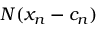
N ( x _ { n } - c _ { n } )